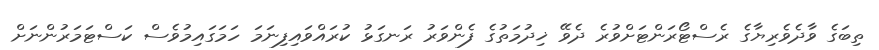
ތިބަގެ ވާދެވެރިޔާގެ ރެސްޓޯރަންޓަށްވުރެ ދެވޭ ޚިދުމަތުގެ ފެންވަރު ރަނގަޅު ކުރައްވައިފިނަމަ ހަމަގައިމުވެސް ކަސްޓަމަރުންނަށް